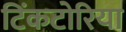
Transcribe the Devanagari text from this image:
टिंकटोरिया